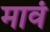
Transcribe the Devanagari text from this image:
मावं